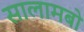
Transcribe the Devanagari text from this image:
सालामबो